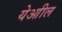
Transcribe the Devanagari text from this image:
येआील